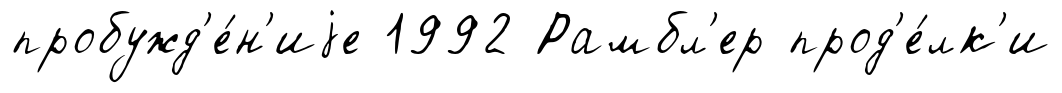
пробужд'е́н'иjе 1992 Рамбл'ер прод'е́лк'и